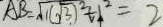
A B = \sqrt { 1 ( \sqrt { 3 } ) ^ { 2 } } + 1 ^ { 2 } = 2